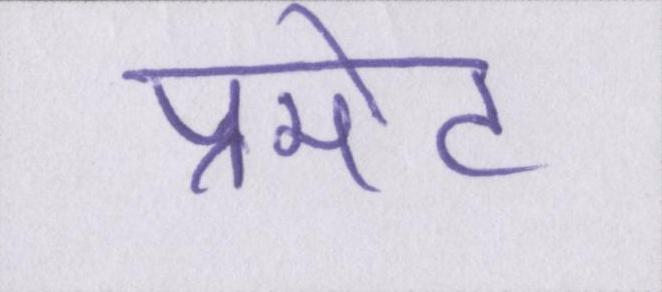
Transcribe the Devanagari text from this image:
प्रमोट